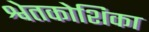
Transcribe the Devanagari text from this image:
श्वेतकोशिका